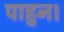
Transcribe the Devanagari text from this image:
पाहुन।